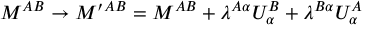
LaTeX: M ^ { A B } \to M ^ { \prime } { } ^ { A B } = M ^ { A B } + \lambda ^ { A \alpha } U _ { \alpha } ^ { B } + \lambda ^ { B \alpha } U _ { \alpha } ^ { A }